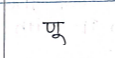
मजकूर: णू